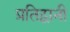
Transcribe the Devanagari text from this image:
प्रतिद्वानी